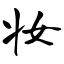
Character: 妆